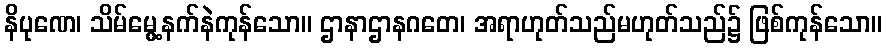
နိပုဏေ၊ သိမ်မွေ့နက်နဲကုန်သော။ ဌာနာဌာနဂတေ၊ အရာဟုတ်သည်မဟုတ်သည်၌ ဖြစ်ကုန်သော။